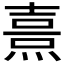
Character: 𱫱